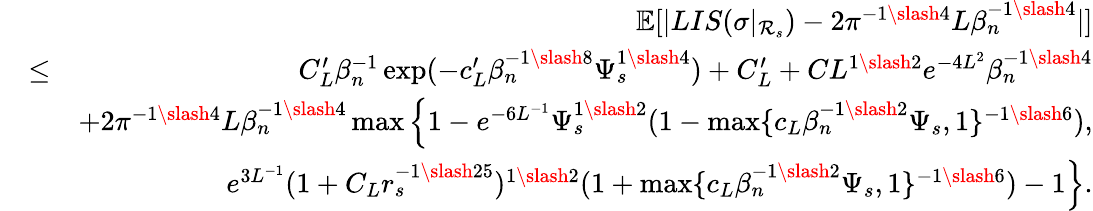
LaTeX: \begin{array}{rlr}&{}&{\mathbb{E}[|LIS(\sigma|_{\mathcal{R}_{s}})-2\pi^{-1\slash 4}L\beta_{n}^{-1\slash 4}|]}\\ &{\leq}&{C_{L}^{\prime}\beta_{n}^{-1}\exp(-c_{L}^{\prime}\beta_{n}^{-1\slash 8}\Psi_{s}^{1\slash 4})+C_{L}^{\prime}+CL^{1\slash 2}e^{-4L^{2}}\beta_{n}^{-1\slash 4}}\\ &{}&{+2\pi^{-1\slash 4}L\beta_{n}^{-1\slash 4}\operatorname*{max}\Big\{ 1-e^{-6L^{-1}}\Psi_{s}^{1\slash 2}(1-\operatorname*{max}\{ c_{L}\beta_{n}^{-1\slash 2}\Psi_{s},1\} ^{-1\slash 6}),}\\ &{}&{\quad\quad e^{3L^{-1}}(1+C_{L}r_{s}^{-1\slash 25})^{1\slash 2}(1+\operatorname*{max}\{ c_{L}\beta_{n}^{-1\slash 2}\Psi_{s},1\} ^{-1\slash 6})-1\Big\} .}\end{array}